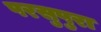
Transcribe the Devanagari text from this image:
परसुपुरा